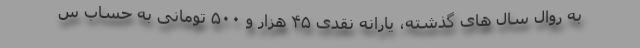
به روال سال های گذشته، یارانه نقدی ۴۵ هزار و ۵۰۰ تومانی به حساب س